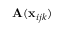
\mathbf { A } ( \mathbf { x } _ { i j k } )